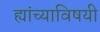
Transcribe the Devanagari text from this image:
ह्यांच्याविषयी